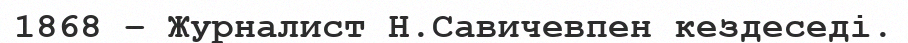
1868 – Журналист Н.Савичевпен кездеседі.